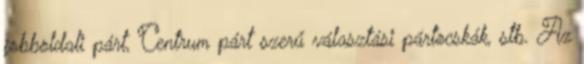
jobboldali párt, Centrum párt szerű választási pártocskák, stb. Az